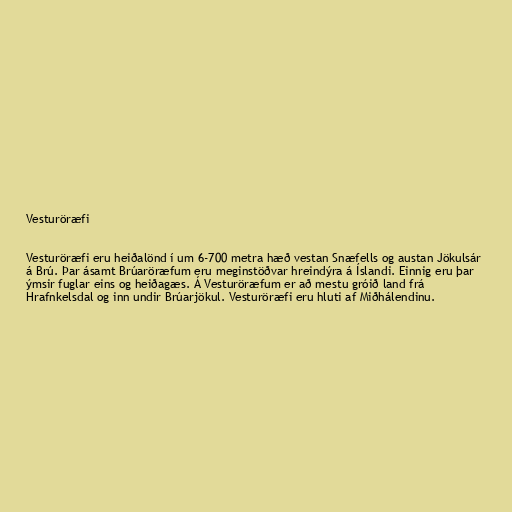
Vesturöræfi

Vesturöræfi eru heiðalönd í um 6-700 metra hæð vestan Snæfells og austan Jökulsár
á Brú. Þar ásamt Brúaröræfum eru meginstöðvar hreindýra á Íslandi. Einnig eru þar
ýmsir fuglar eins og heiðagæs. Á Vesturöræfum er að mestu gróið land frá
Hrafnkelsdal og inn undir Brúarjökul. Vesturöræfi eru hluti af Miðhálendinu.